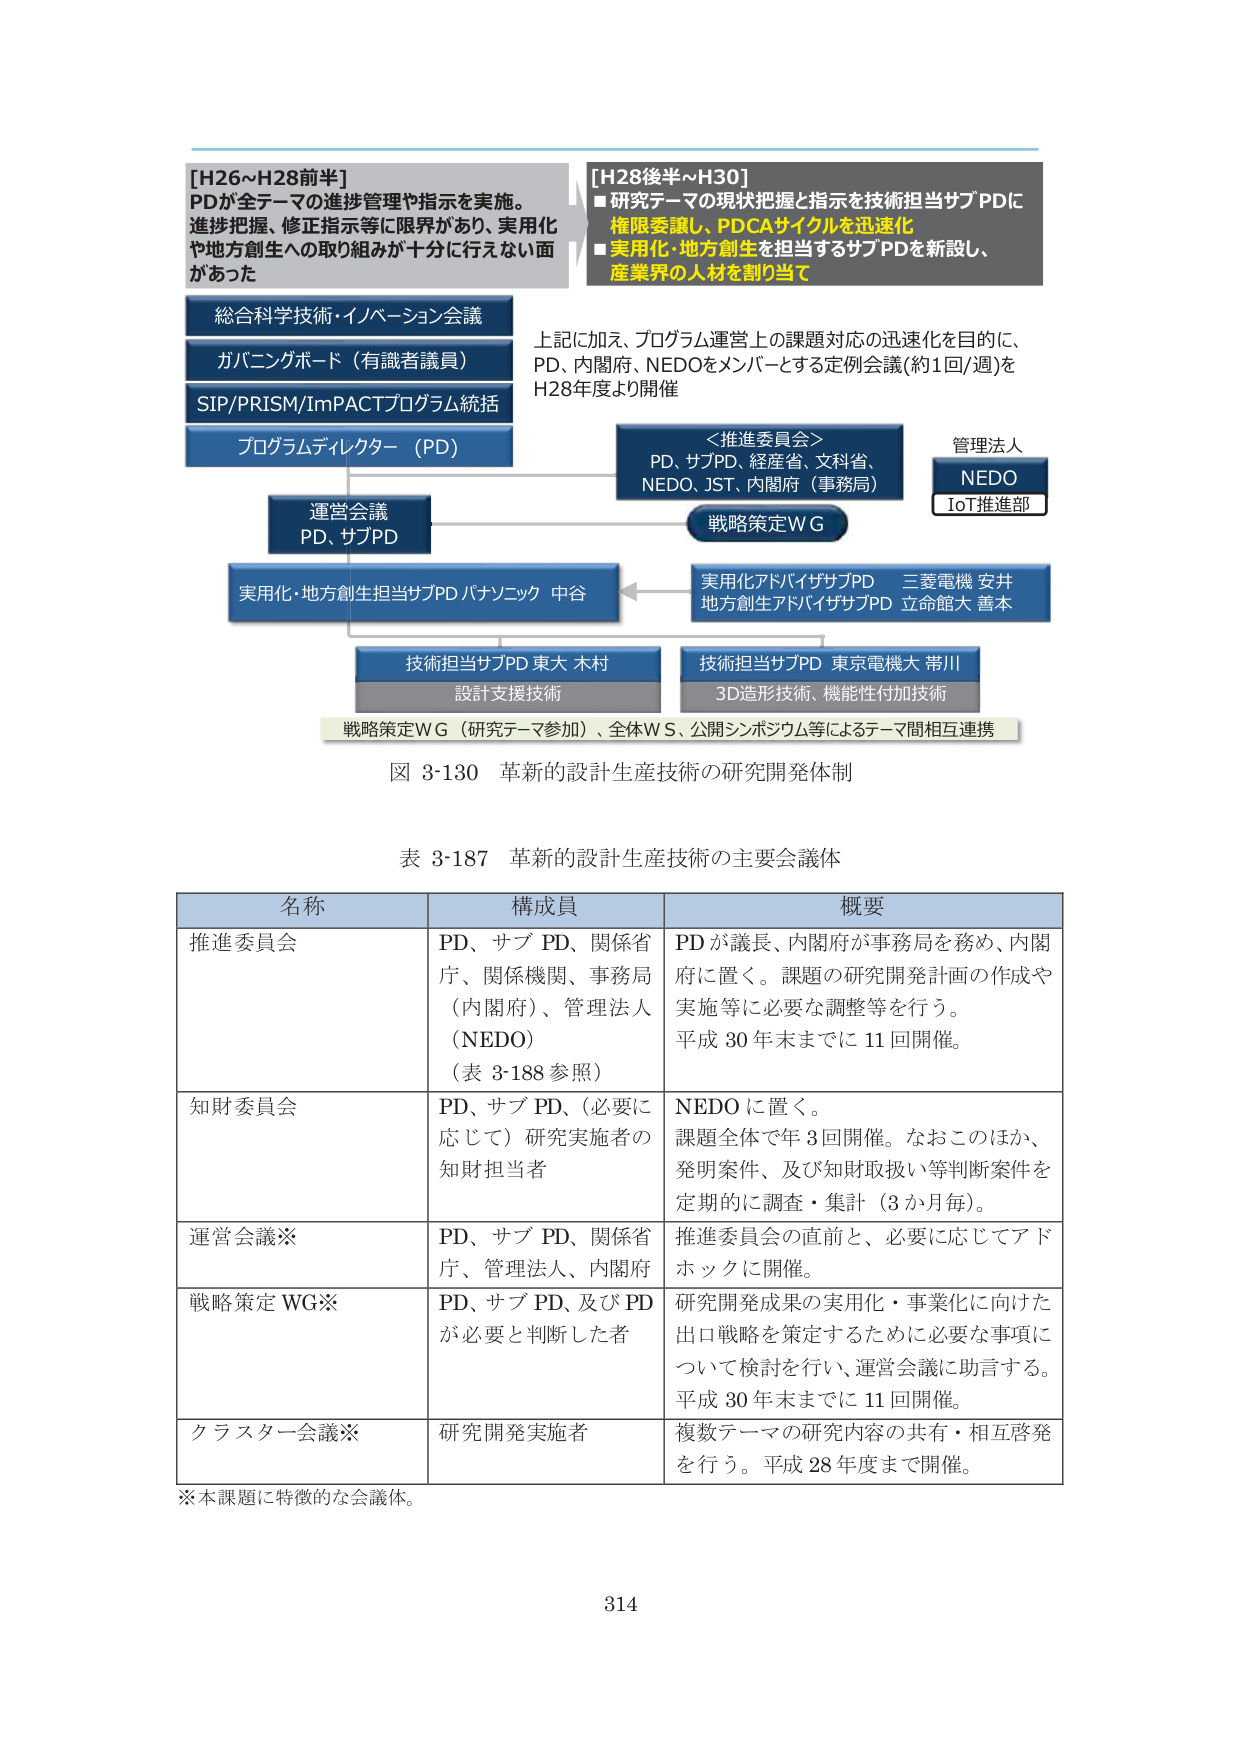
[H26～H28前半]
PDが全テーマの進捗管理や指示を実施。
進捗把握、修正指示等に限界があり、実用化
や地方創生への取り組みが十分に行えない面
があった

[H28後半～H30]
■研究テーマの現状把握と指示を技術担当サブPDに
権限委譲し、PDCAサイクルを迅速化
■実用化・地方創生を担当するサブPDを新設し、
産業界の人材を割り当て

総合科学技術・イノベーション会議
ガバニングボード（有識者議員）
SIP/PRISM/ImPACTプログラム統括
プログラムディレクター（PD）

上記に加え、プログラム運営上の課題対応の迅速化を目的に、
PD、内閣府、NEDOをメンバーとする定例会議（約1回/週）を
H28年度より開催

＜推進委員会＞
PD、サブPD、経産省、文科省、
NEDO、JST、内閣府（事務局）

管理法人
NEDO
IoT推進部

戦略策定WG

運営会議
PD、サブPD

実用化・地方創生担当サブPD パナソニック 中谷

実用化アドバイザサブPD 三菱電機 安井
地方創生アドバイザサブPD 立命館大 善本

技術担当サブPD 東大 木村
設計支援技術

技術担当サブPD 東京電機大 帯川
3D造形技術、機能性付加技術

戦略策定WG（研究テーマ参加）、全体WS、公開シンポジウム等によるテーマ間相互連携

図 3-130 革新的設計生産技術の研究開発体制

表 3-187 革新的設計生産技術の主要会議体

名称　　　　　　　　　構成員　　　　　　　　　概要
推進委員会　　　　　PD、サブ PD、関係省庁、関係機関、事務局（内閣府）、管理法人（NEDO）（表 3-188 参照）　　　PDが議長、内閣府が事務局を務め、内閣府に置く。課題の研究開発計画の作成や実施等に必要な調整等を行う。平成30年末までに11回開催。
知財委員会　　　　　PD、サブ PD、（必要に応じて）研究実施者の知財担当者　　　NEDOに置く。課題全体で年3回開催。なおこのほか、発明案件、及び知財取扱い等判断案件を定期的に調査・集計（3か月毎）。
運営会議※　　　　　PD、サブ PD、関係省庁、管理法人、内閣府　　　推進委員会の直前と、必要に応じてアドホックに開催。
戦略策定 WG※　　　PD、サブ PD、及びPDが必要と判断した者　　　研究開発成果の実用化・事業化に向けた出口戦略を策定するために必要な事項について検討を行い、運営会議に助言する。平成30年末までに11回開催。
クラスター会議※　　研究開発実施者　　　複数テーマの研究内容の共有・相互啓発を行う。平成28年度まで開催。

※本課題に特徴的な会議体。

314